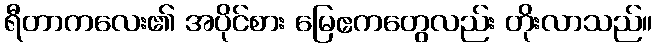
ရီတာကလေး၏ အပိုင်စား မြေဧကတွေလည်း တိုးလာသည်။